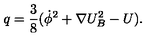
q = \frac { 3 } { 8 } ( \dot { \phi } ^ { 2 } + \nabla U _ { B } ^ { 2 } - U ) .